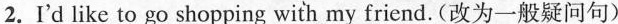
2.I'd like to go shopping with my friend. (改为一般疑问句)